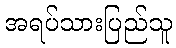
အရပ်သားပြည်သူ